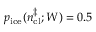
p _ { \mathrm { i c e } } ( n _ { \mathrm { c l } } ^ { \ddagger } ; W ) = 0 . 5